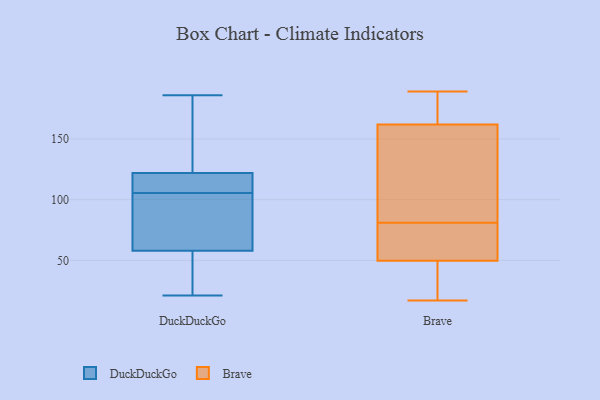
{"axis": {"x": "Latency (ms)", "y": "Value"}, "legend": ["Brave", "DuckDuckGo"], "data": [{"x": "", "y": 105, "type": "DuckDuckGo"}, {"x": "", "y": 116, "type": "DuckDuckGo"}, {"x": "", "y": 21, "type": "DuckDuckGo"}, {"x": "", "y": 106, "type": "DuckDuckGo"}, {"x": "", "y": 23, "type": "DuckDuckGo"}, {"x": "", "y": 125, "type": "DuckDuckGo"}, {"x": "", "y": 77, "type": "DuckDuckGo"}, {"x": "", "y": 122, "type": "DuckDuckGo"}, {"x": "", "y": 44, "type": "DuckDuckGo"}, {"x": "", "y": 131, "type": "DuckDuckGo"}, {"x": "", "y": 129, "type": "DuckDuckGo"}, {"x": "", "y": 46, "type": "DuckDuckGo"}, {"x": "", "y": 121, "type": "DuckDuckGo"}, {"x": "", "y": 186, "type": "DuckDuckGo"}, {"x": "", "y": 73, "type": "DuckDuckGo"}, {"x": "", "y": 58, "type": "DuckDuckGo"}, {"x": "", "y": 106, "type": "DuckDuckGo"}, {"x": "", "y": 85, "type": "DuckDuckGo"}, {"x": "", "y": 81, "type": "Brave"}, {"x": "", "y": 67, "type": "Brave"}, {"x": "", "y": 17, "type": "Brave"}, {"x": "", "y": 189, "type": "Brave"}, {"x": "", "y": 51, "type": "Brave"}, {"x": "", "y": 46, "type": "Brave"}, {"x": "", "y": 172, "type": "Brave"}, {"x": "", "y": 168, "type": "Brave"}, {"x": "", "y": 160, "type": "Brave"}, {"x": "", "y": 69, "type": "Brave"}, {"x": "", "y": 89, "type": "Brave"}, {"x": "", "y": 39, "type": "Brave"}, {"x": "", "y": 179, "type": "Brave"}, {"x": "", "y": 55, "type": "Brave"}, {"x": "", "y": 152, "type": "Brave"}, {"x": "", "y": 40, "type": "Brave"}, {"x": "", "y": 98, "type": "Brave"}]}